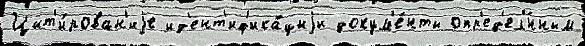
Цит'и́рован'иjе ид'ент'иф'ика́циjи докум'е́нты опр'ед'ел'́нным